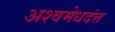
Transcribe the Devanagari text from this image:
अश्वमेधदंत्त